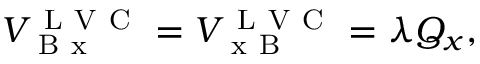
\begin{array} { r } { V _ { \mathrm { ~ B ~ x ~ } } ^ { \mathrm { ~ L ~ V ~ C ~ } } = V _ { \mathrm { ~ x ~ B ~ } } ^ { \mathrm { ~ L ~ V ~ C ~ } } = \lambda Q _ { x } , } \end{array}